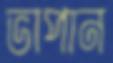
ভাপান